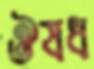
ঔষধ